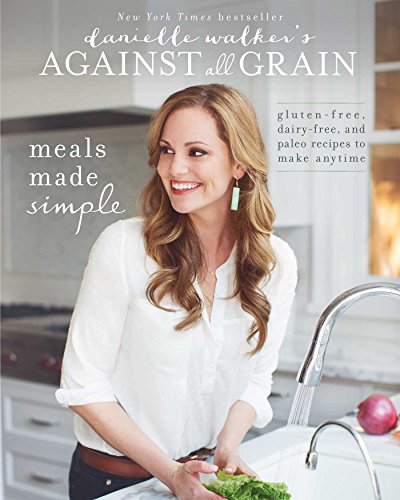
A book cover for Danielle Walker's Against All Grain: Meals Made Simple: Gluten-Free, Dairy-Free, and Paleo Recipes to Make Anytime; Danielle Walker; Cookbooks, Food & Wine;